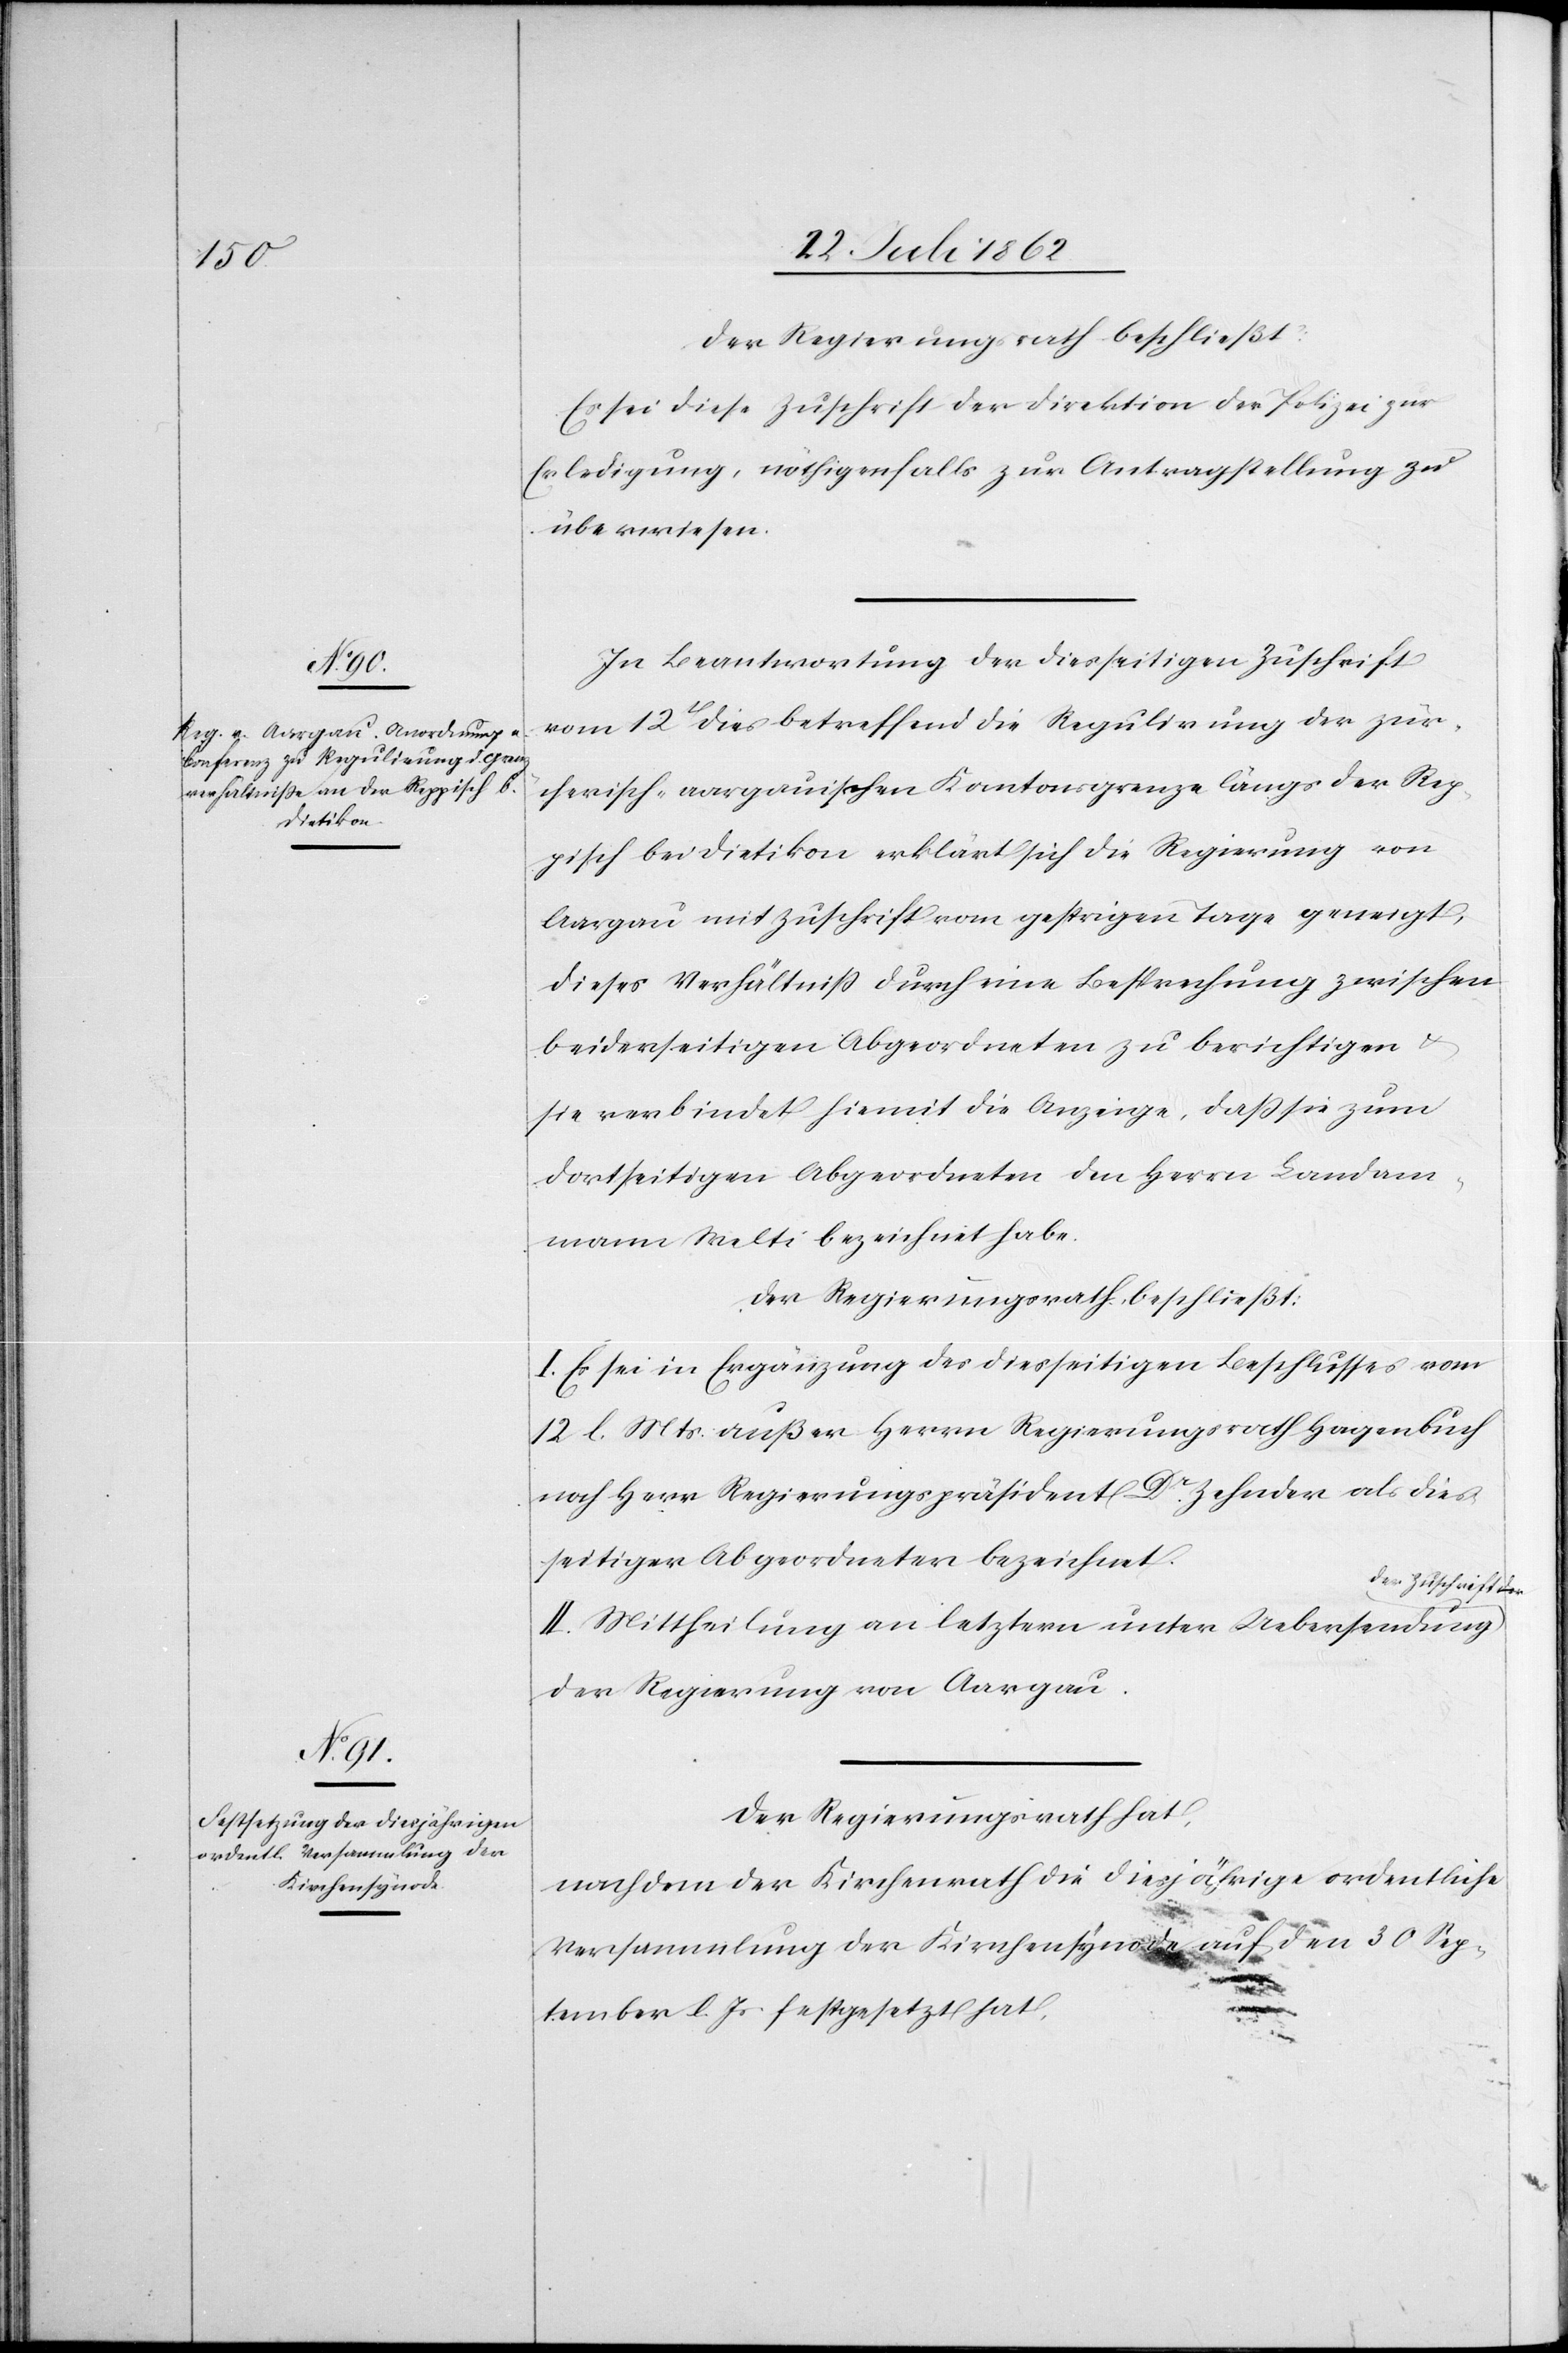
Es sei diese Zuschrift der Direktion der Polizei zur
Erledigung, nöthigenfalls zur Antragstellung zu
überweisen.
In Beantwortung der dieseitigen Zuschrift
vom 12t dies betreffend die Regulirung der zür¬
cherisch-aargauischen Kantonsgrenze längs der Rep¬
pisch bei Dietikon erklärt sich die Regierung von
Aargau mit Zuschrift vom gestrigen Tage geneigt,
dieses Verhältniß durch eine Besprechung zwischen
beiderseitigen Abgeordneten zu berichtigen
sie verbindet hiemit die Anzeige, daß sie zum
dortseitigen Abgeordneten den Herrn Landam¬
mann Welti bezeichnet habe.
Der Regierungsrath beschließt:
I. Es sei in Ergänzung des diesseitigen Beschlusses vom
12. l. Mts. außer Herrn Regierungsrath Hagenbuch
noch Herr Regierungspräsident Dr. Zehnder als dies¬
seitiger Abgeordneter bezeichnet.
der Zuschrift
II. Mittheilung an letztern unter Uebersendung
der Regierung von Aargau.
Der Regierungsrath hat,
nachdem der Kirchenrath die diesjährige ordentliche
Versammlung der Kirchensynode auf den 30. Sep¬
u.
tember l. Js. festgesetzt hat,